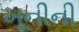
ખૂનીની